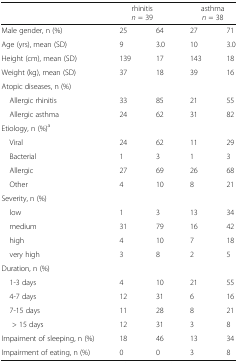
<table><thead><tr><td rowspan="2"></td><td colspan="2"><b>rhinitis</b></td><td colspan="2"><b>asthma</b></td></tr><tr><td colspan="2"><b><i>n</i> = 39</b></td><td colspan="2"><b><i>n</i> = 38</b></td></tr></thead><tbody><tr><td>Male gender, n (%)</td><td>25</td><td>64</td><td>27</td><td>71</td></tr><tr><td>Age (yrs), mean (SD)</td><td>9</td><td>3.0</td><td>10</td><td>3.0</td></tr><tr><td>Height (cm), mean (SD)</td><td>139</td><td>17</td><td>143</td><td>18</td></tr><tr><td>Weight (kg), mean (SD)</td><td>37</td><td>18</td><td>39</td><td>16</td></tr><tr><td colspan="5">Atopic diseases, n (%)</td></tr><tr><td> Allergic rhinitis</td><td>33</td><td>85</td><td>21</td><td>55</td></tr><tr><td> Allergic asthma</td><td>24</td><td>62</td><td>31</td><td>82</td></tr><tr><td colspan="5">Etiology, n (%)<sup>a</sup></td></tr><tr><td> Viral</td><td>24</td><td>62</td><td>11</td><td>29</td></tr><tr><td> Bacterial</td><td>1</td><td>3</td><td>1</td><td>3</td></tr><tr><td> Allergic</td><td>27</td><td>69</td><td>26</td><td>68</td></tr><tr><td> Other</td><td>4</td><td>10</td><td>8</td><td>21</td></tr><tr><td colspan="5">Severity, n (%)</td></tr><tr><td> low</td><td>1</td><td>3</td><td>13</td><td>34</td></tr><tr><td> medium</td><td>31</td><td>79</td><td>16</td><td>42</td></tr><tr><td> high</td><td>4</td><td>10</td><td>7</td><td>18</td></tr><tr><td> very high</td><td>3</td><td>8</td><td>2</td><td>5</td></tr><tr><td colspan="5">Duration, n (%)</td></tr><tr><td> 1-3 days</td><td>4</td><td>10</td><td>21</td><td>55</td></tr><tr><td> 4-7 days</td><td>12</td><td>31</td><td>6</td><td>16</td></tr><tr><td> 7-15 days</td><td>11</td><td>28</td><td>8</td><td>21</td></tr><tr><td>&gt; 15 days</td><td>12</td><td>31</td><td>3</td><td>8</td></tr><tr><td>Impaiment of sleeping, n (%)</td><td>18</td><td>46</td><td>13</td><td>34</td></tr><tr><td>Impairment of eating, n (%)</td><td>0</td><td>0</td><td>3</td><td>8</td></tr></tbody></table>